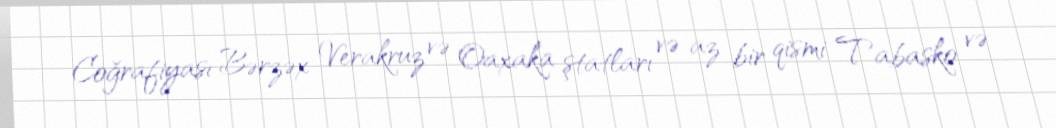
Coğrafiyası Bərzəx Verakruz və Oaxaka ştatları və az bir qismi Tabasko və